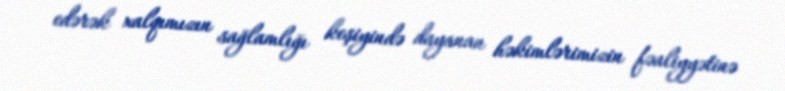
edərək xalqımızın sağlamlığı keşiyində dayanan həkimlərimizin fəaliyyətinə